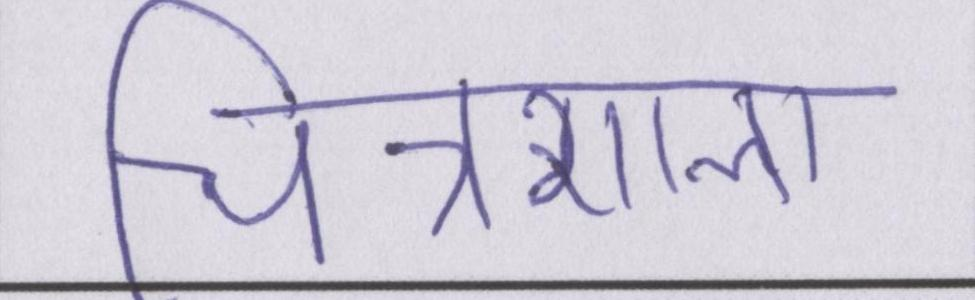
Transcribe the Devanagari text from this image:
चित्रशाला